Report on vaccination North-West Frontier Province 1904-1922 - 1904-1922
Year: 1904
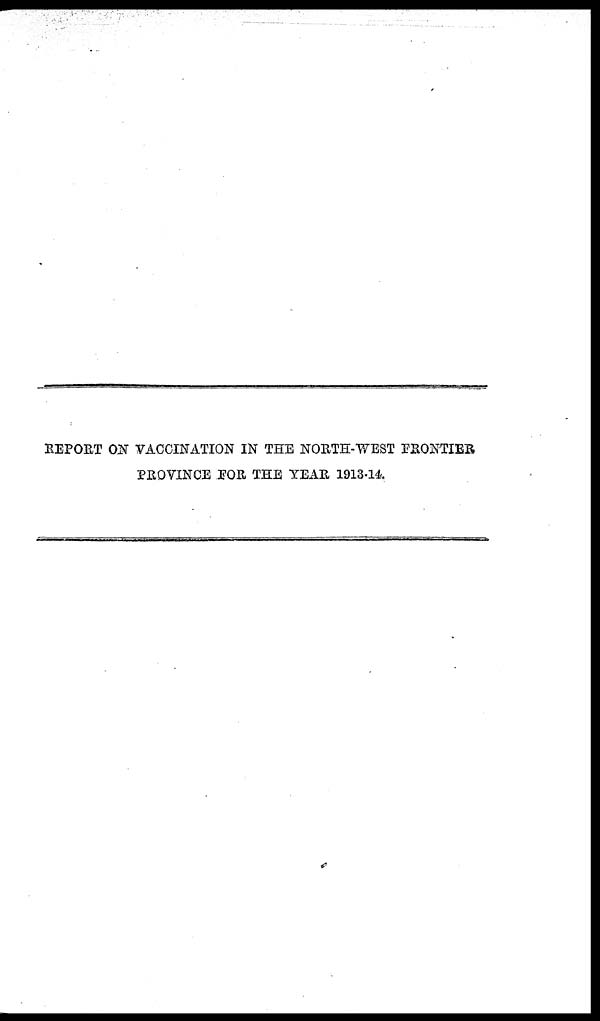
REPORT ON VACCINATION IN THE NORTH-WEST FRONTIER
PROVINCE FOR THE YEAR 1913-14.